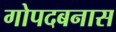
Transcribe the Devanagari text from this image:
गोपदबनास